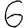
Digit: 6